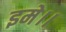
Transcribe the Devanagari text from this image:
इमे।।